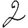
Digit: 2